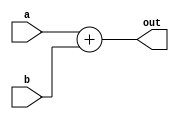
module Adder (
	input  [31:0]  a,
	input  [31:0]  b, 

	output [31:0]  out
);
  
	reg [31:0] result;
	
	always@(*) begin
		result = a + b;     
	end
	
	assign out = result;
  
endmodule